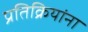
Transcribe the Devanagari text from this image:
प्रतिक्रियांना